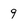
Character: 9